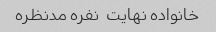
خانواده نهایت  نفره مدنظره